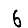
Digit: 6